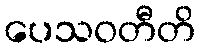
ပေသဝတီတိ